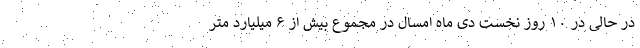
در حالی در ۱۰ روز نخست دی ماه امسال در مجموع بیش از ۶ میلیارد متر